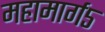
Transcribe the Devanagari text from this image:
महामार्ग५